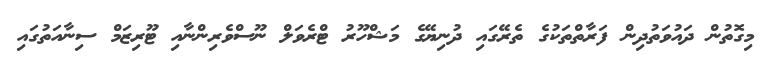
މިގޮތުން ދައުވަތުދިން ފަރާތްތަކުގެ ތެރޭގައި ދުނިޔޭގެ މަޝްހޫރު ޓްރެވަލް ނޫސްވެރިންނާއި ޓޫރިޒަމް ސިނާއަތުގައި